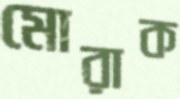
মোরাক